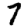
Digit: 7